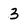
Character: 3